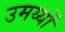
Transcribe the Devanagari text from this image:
उमय्यों